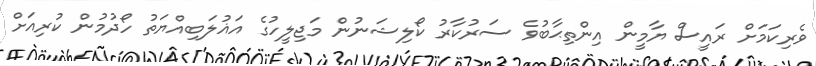
ވެރިކަމަށް ރައީސް ޔާމީން އިންތިޙާބުވެ ސަރުކާރު ކޯލިޝަނުން މަޖިލީހުގެ އަޣުލަބިއްޔަތު ހޯދުމުން ކުރިއަށް